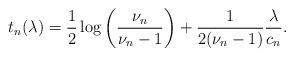
LaTeX: \begin{align*}t_n(\lambda)=\frac{1}{2}\log\bigg(\frac{\nu_n}{\nu_n-1}\bigg)+\frac{1}{2(\nu_n-1)}\frac{\lambda}{c_n}.\end{align*}